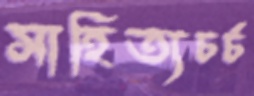
সাহিত্যচর্চ